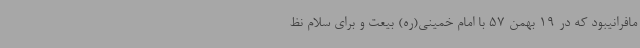
مافرانیبود که در 19 بهمن 57 با امام خمینی(ره) بیعت و برای سلام نظ